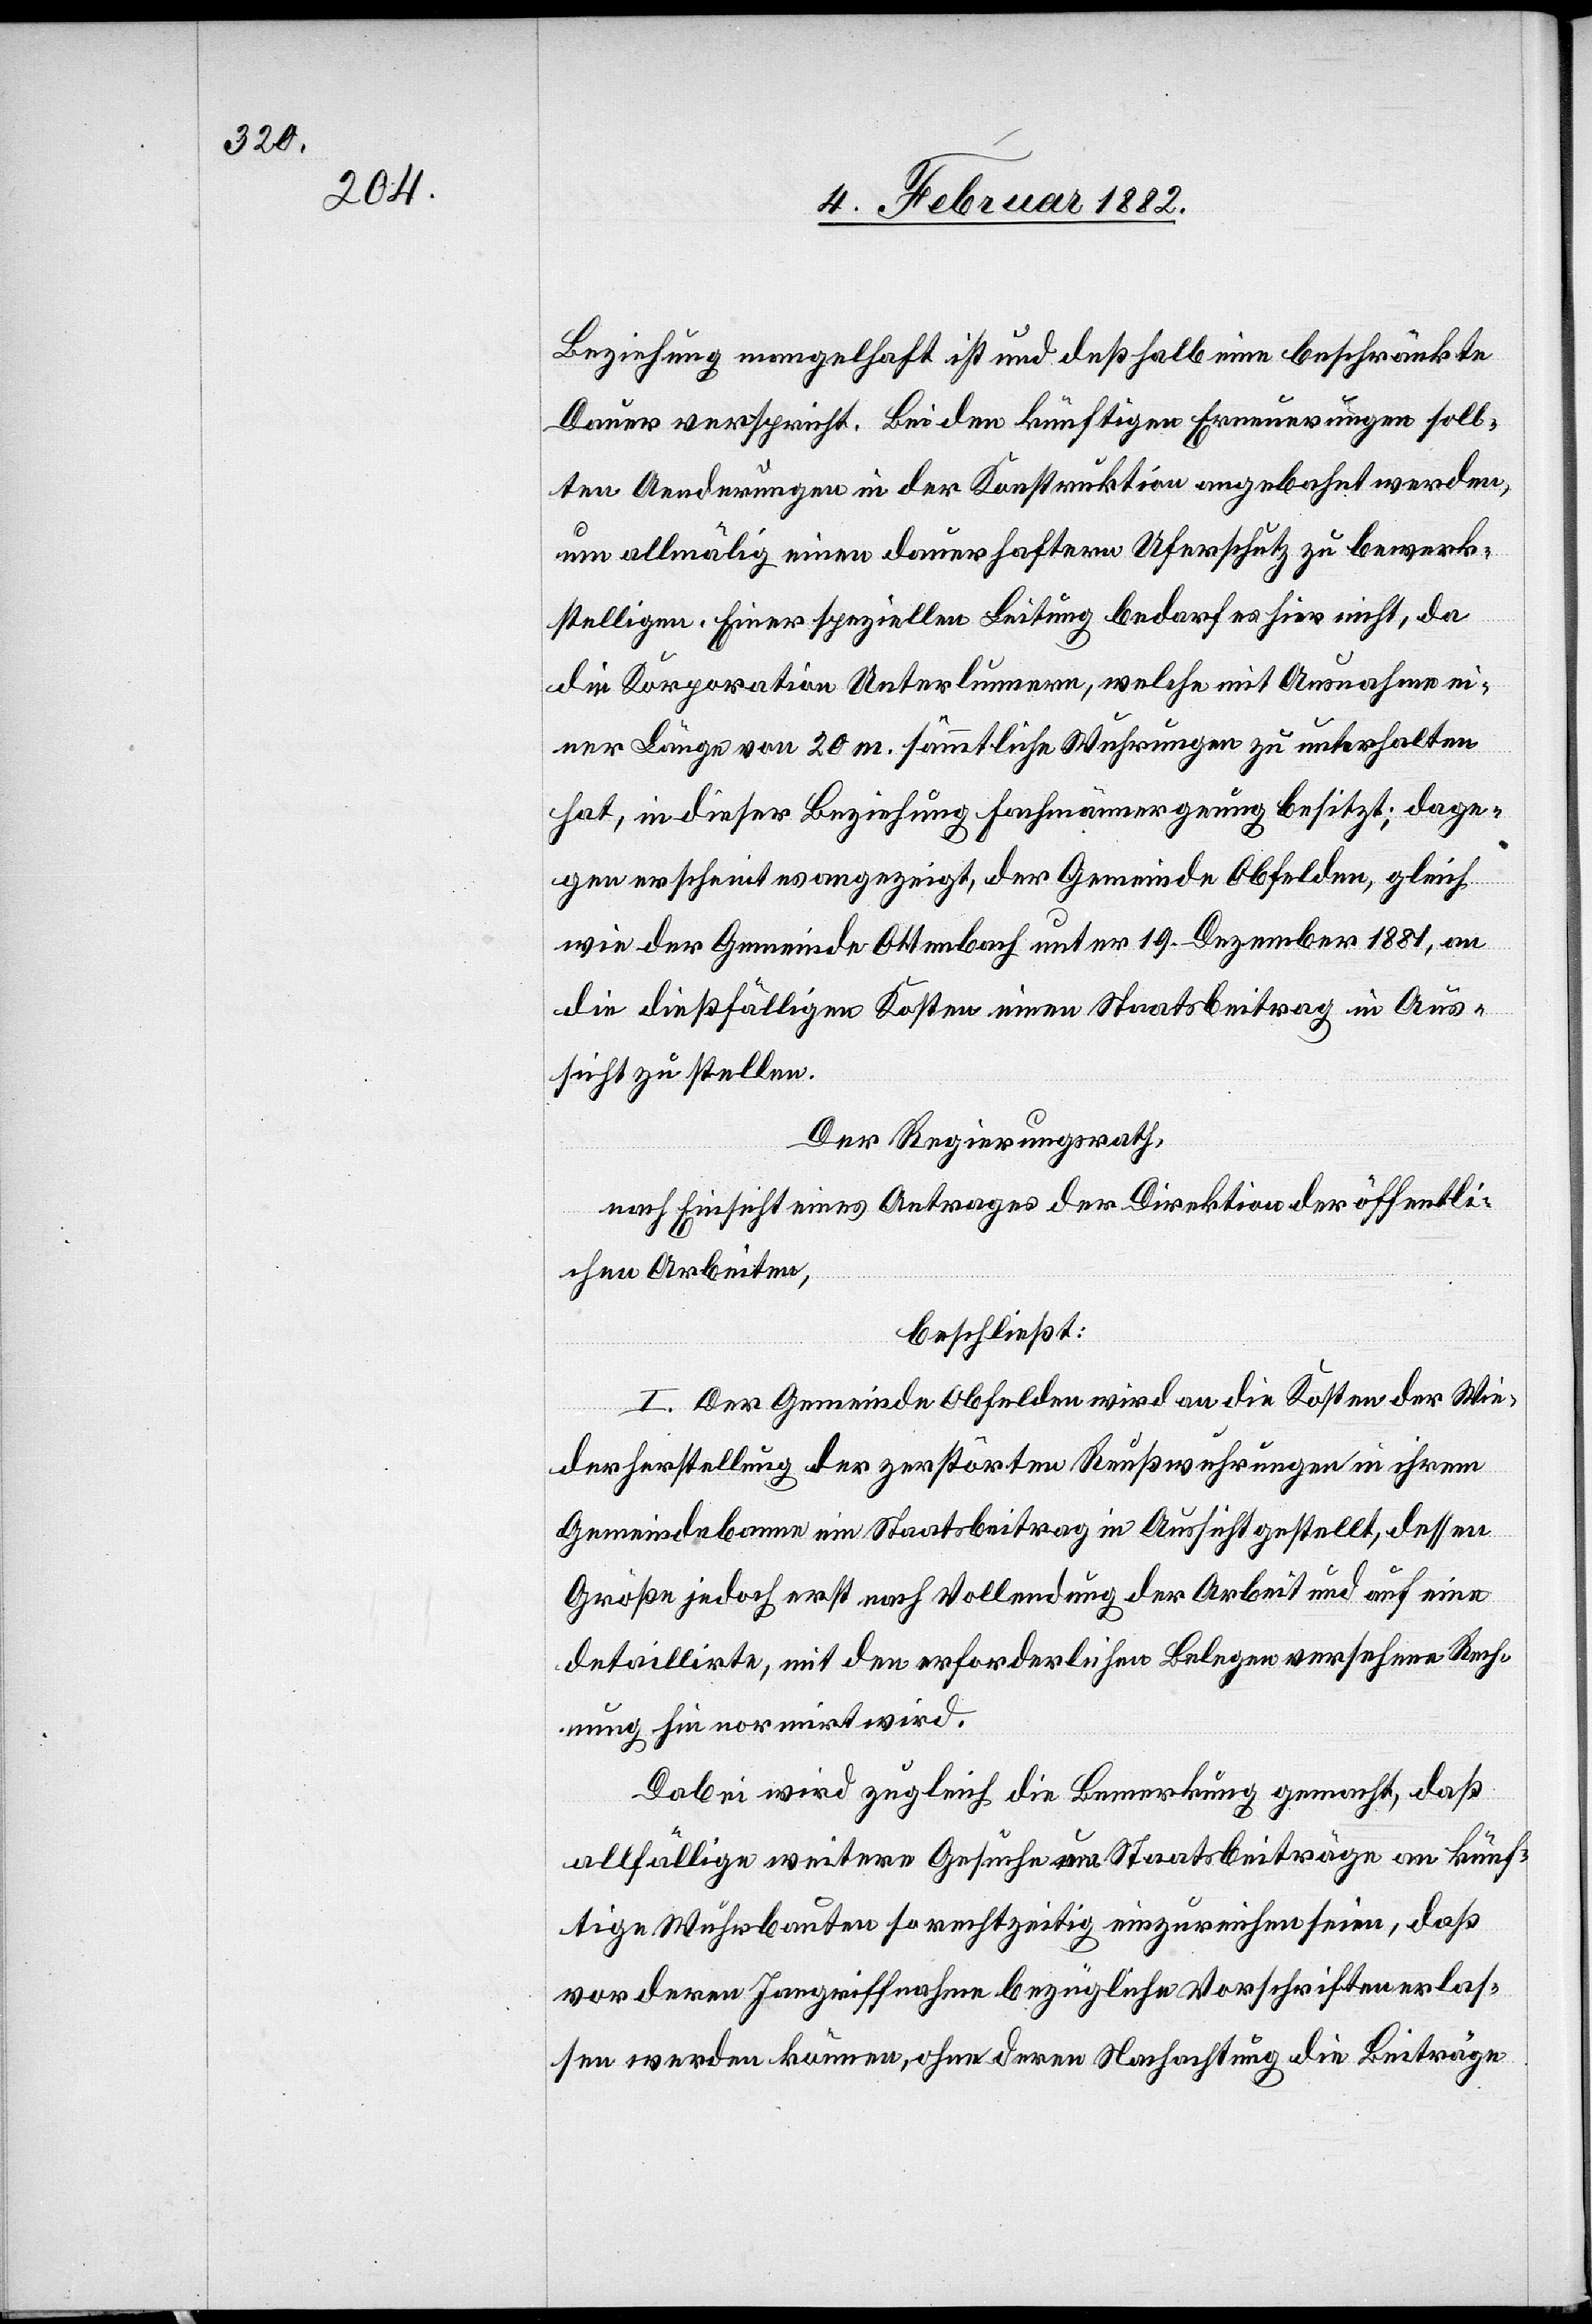
Beziehung mangelhaft ist und deßhalb eine beschränkte
Dauer verspricht. Bei den künftigen Erneuerungen soll¬
ten Anordnungen in der Konstruktion angebracht werden,
um allmälig einen dauerhaften Uferschutz zu bewerk¬
stelligen. Einer speziellen Leitung bedarf hier nicht, da
die Korporation Unterlumern, welche mit Ausnahme ei¬
ner Länge von 20 m. sämmtliche Wuhrungen zu unterhalten
hat, in dieser Beziehung Fachmänner genug besitzt; dage¬
gen erscheint es angezeigt, der Gemeinde Obfelden, gleich
wie der Gemeinde Ottenbach unterm 19. Dezember 1881, an
die dießfälligen Kosten einen Staatsbeitrag in Aus¬
sicht zu stellen.
Der Regierungsrath,
nach Einsicht eines Antrage der Direktion der öffentli¬
chen Arbeiten,
beschließt:
I. Der Gemeinde Obfelden wird an die Kosten der Wie¬
derherstellung der zerstörtem Reußwuhrungen in ihrem
Gemeindebanne ein Staatsbeitrag in Aussicht gestellt, dessen
Größe jedoch erst nach Vollendung der Arbeit und auf eine
detaillierte, mit den erforderlichen Belegen versehene Rech¬
nung hin normiert wird.
Dabei wird zugleich die Bemerkung gemacht, daß
allfällige weitere Gesuche um Staatsbeiträge an künf¬
tige Wuhrbauten so rechtzeitig einzureichen seien, daß
vor deren Ingriffnahme bezügliche Vorschriften erlas¬
sen werden können, ohne deren Nachachtung die Beiträge